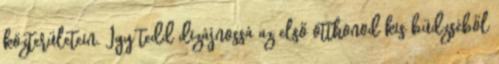
közterületein. Így tedd dizájnossá az első otthonod kis büdzséből